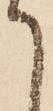
て